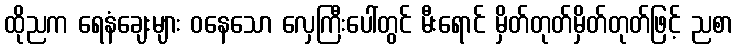
ထိုညက ရေနံချေးများ ဝနေသော လှေကြီးပေါ်တွင် မီးရောင် မှိတ်တုတ်မှိတ်တုတ်ဖြင့် ညစာ